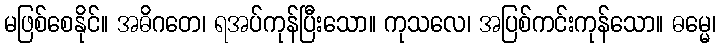
မဖြစ်စေနိုင်။ အဓိဂတေ၊ ရအပ်ကုန်ပြီးသော။ ကုသလေ၊ အပြစ်ကင်းကုန်သော။ ဓမ္မေ၊